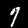
Digit: 7